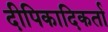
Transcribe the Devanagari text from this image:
दीपिकादिकर्ता